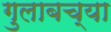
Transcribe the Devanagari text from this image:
गुलाबच्या